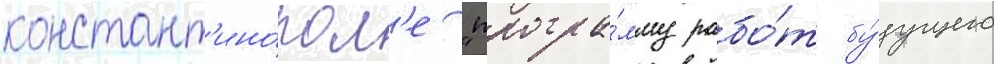
констант'ино́пол'е "програ́мму рабо́т бу́дущего